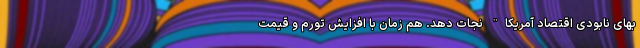
بهای نابودی اقتصاد آمریکا" نجات دهد. هم زمان با افزایش تورم و قیمت